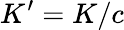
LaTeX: K^{\prime}=K/c